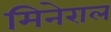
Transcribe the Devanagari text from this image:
मिनेराल